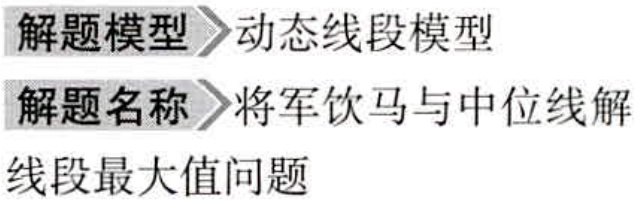
\begin{center}
解题模型$\rhd$动态线段模型\\
解题名称$\rhd$将军饮马与中位线解\\
线段最大值问题
\end{center}